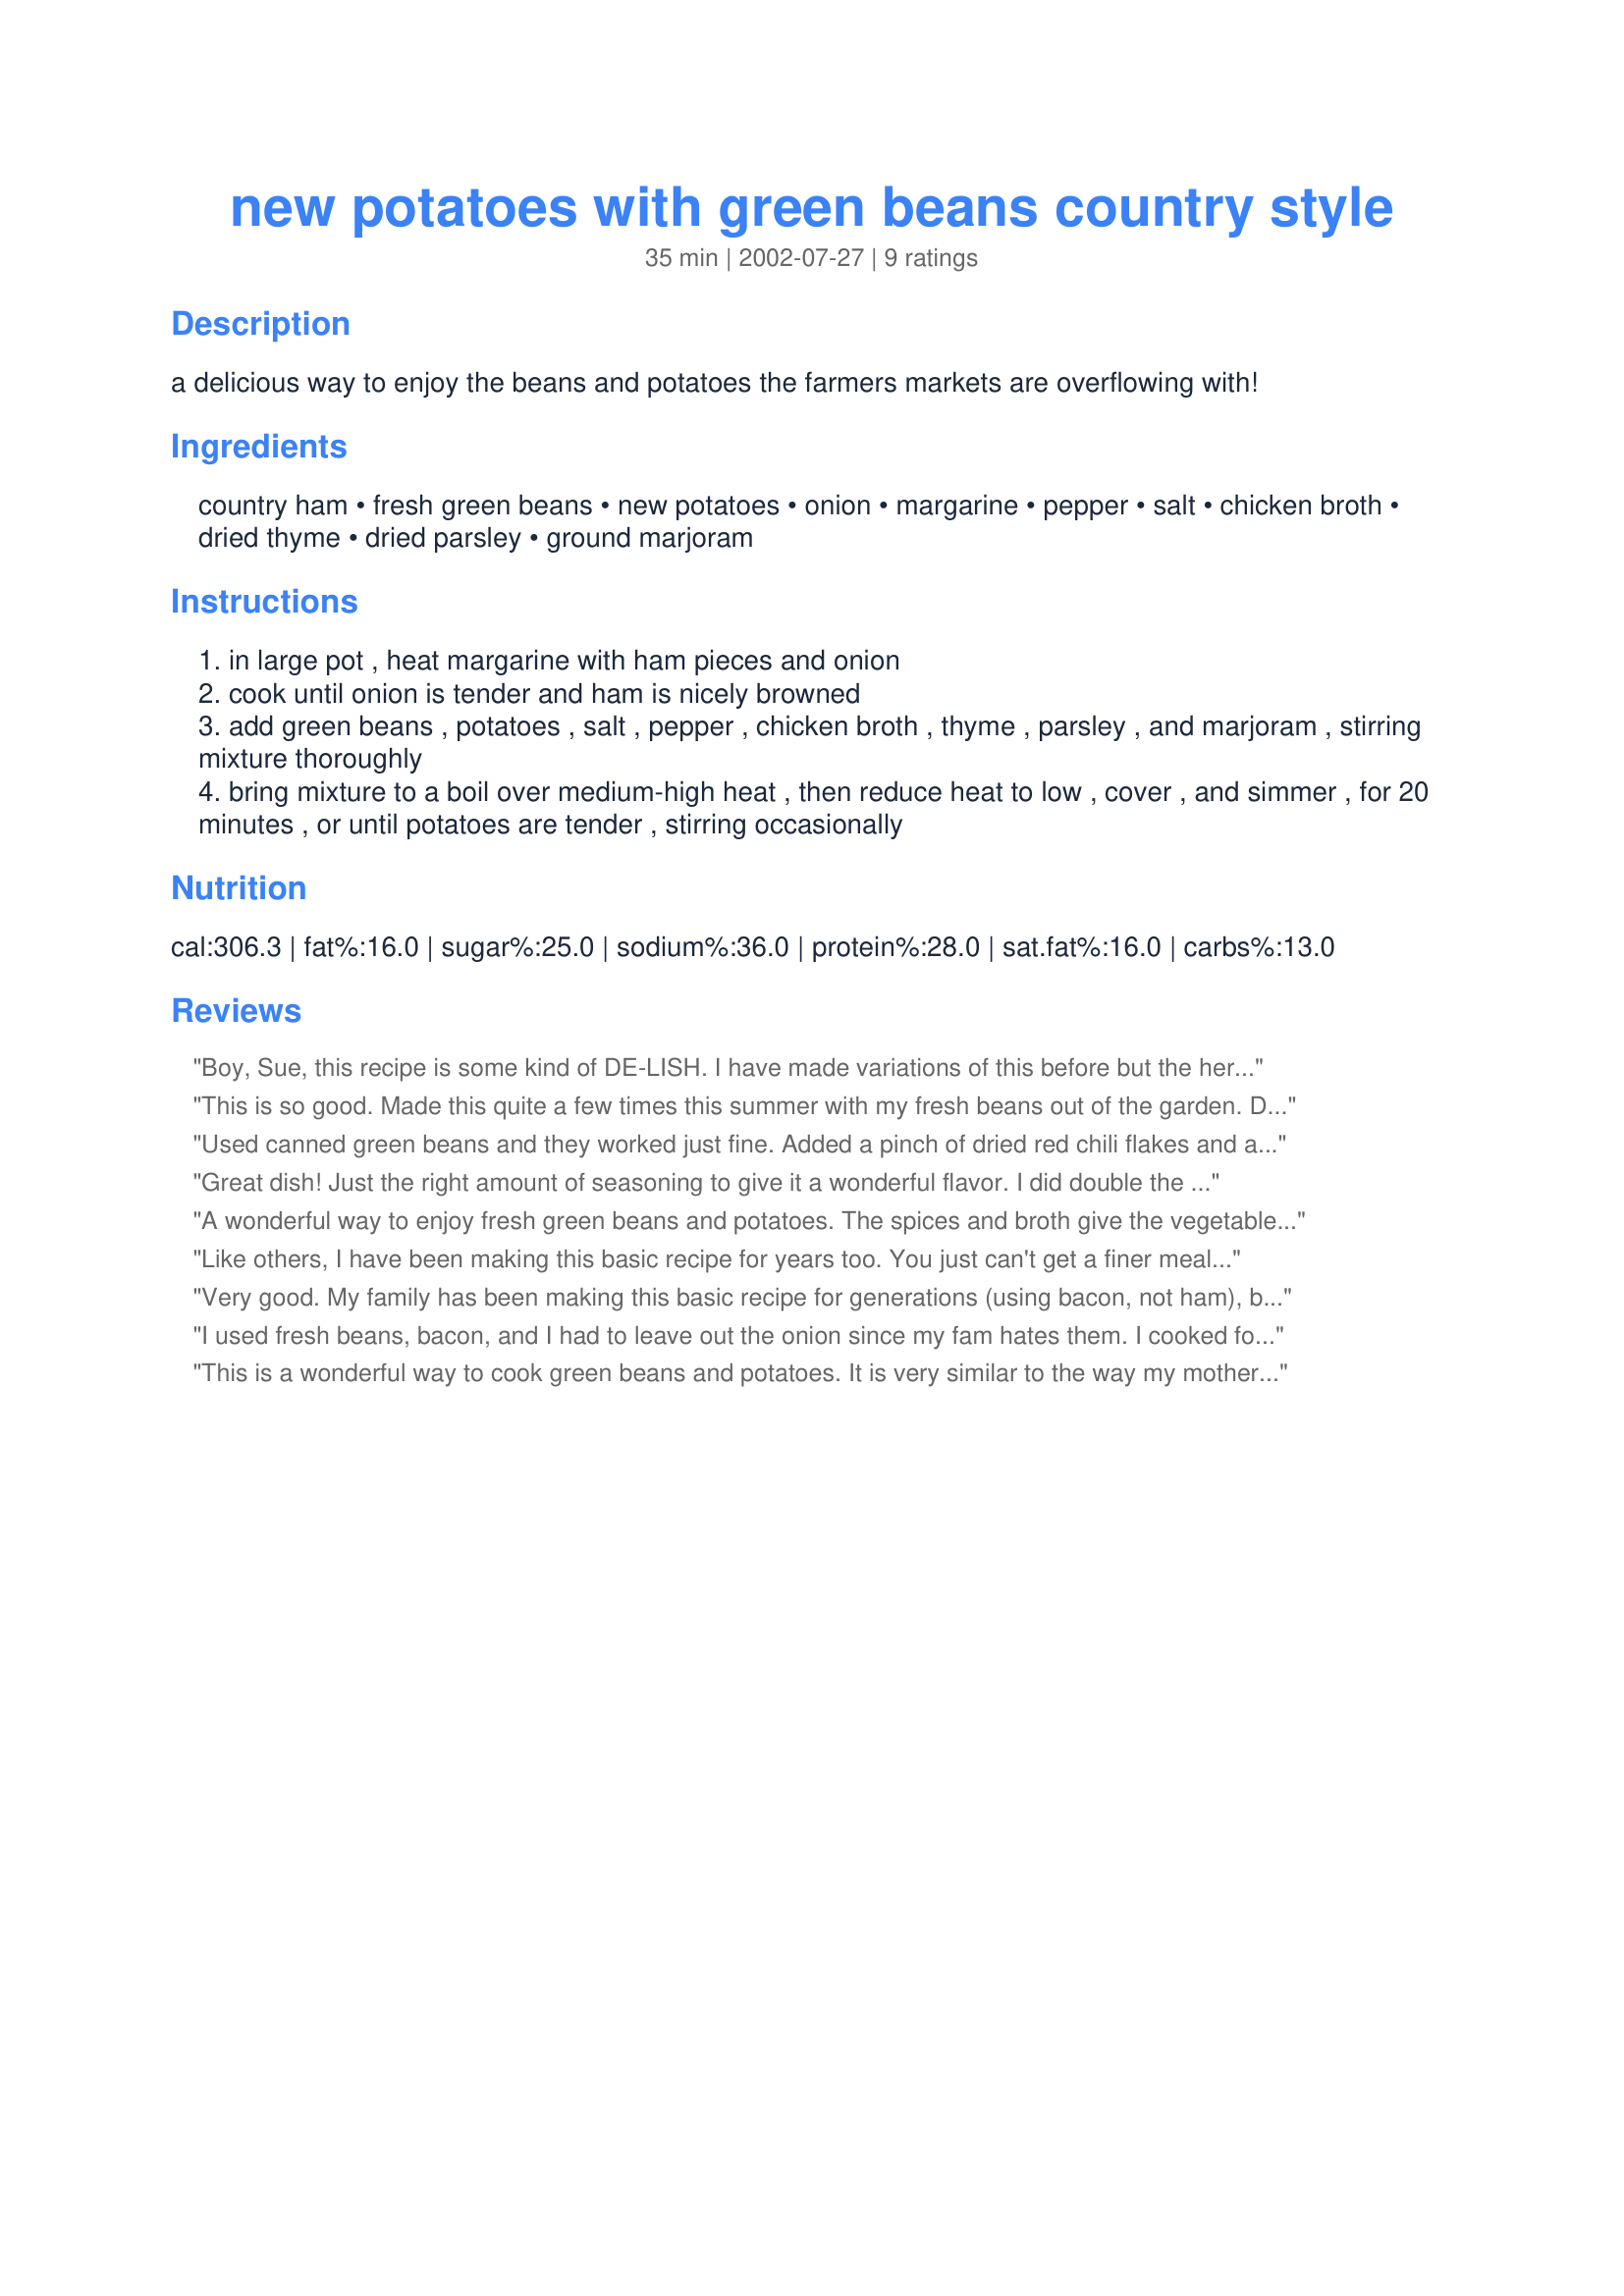
new potatoes with green beans country style
Preparation time: 35 minutes

a delicious way to enjoy the beans and potatoes the farmers markets are overflowing with!

Ingredients:
country ham, fresh green beans, new potatoes, onion, margarine, pepper, salt, chicken broth, dried thyme, dried parsley, ground marjoram

Steps:
in large pot , heat margarine with ham pieces and onion
cook until onion is tender and ham is nicely browned
add green beans , potatoes , salt , pepper , chicken broth , thyme , parsley , and marjoram , stirring mixture thoroughly
bring mixture to a boil over medium-high heat , then reduce heat to low , cover , and simmer , for 20 minutes , or until potatoes are tender , stirring occasionally

Reviews:
Boy, Sue, this recipe is some kind of DE-LISH. I have made variations of this before but the herbs in your recipe add so much flavor. Scrumptious! Thanks for posting it.
This is so good. Made this quite a few times this summer with my fresh beans out of the garden. Didn't change a thing. Thanks- I will use this recipe every summer!
Used canned green beans and they worked just fine. Added a pinch of dried red chili flakes and a splash of white wine. Good stuff, Sue L.
Great dish! Just the right amount of seasoning to give it a wonderful flavor. I did double the amount of butter to cook the ham/onions in since they were getting too brown too fast; also simmered for about 35 minutes while the rest of dinner cooked. The potatoes and beans were perfectly cooked for our liking (we like soft green beans). Will make this again! Made for Photo Tag.
A wonderful way to enjoy fresh green beans and potatoes. The spices and broth give the vegetables a nice flavor. I cooked this until all of the broth evaporated and the potatoes browned slightly. It's like having fried potatoes with all of the flavor and none of the fat (I left out the ham). I will be making this a lot. Thanks for posting.
Like others, I have been making this basic recipe for years too. You just can't get a finer meal than from fresh produce from the garden. I slow cook mine in a crock pot all day using smoked ham hocks, onion, seasoning, and chicken broth. Sometimes I peel the potatoes and sometimes I don't. I serve it with a pan of cornbread on the side. Yum!
Very good. My family has been making this basic recipe for generations (using bacon, not ham), but I've never tried seasoning it with herbs before. We enjoyed this variation, and it's inspired me to experiment with other seasoning combos, too.
I used fresh beans, bacon, and I had to leave out the onion since my fam hates them. I cooked for an extra 15 minutes and they were fantastic! Thank you!!
This is a wonderful way to cook green beans and potatoes. It is very similar to the way my mother and mother-in-law cook them. The only difference is they don't use herbs. I liked that addition as it added a subtle yet delicious flavor. The flavor from the ham is essential to the success of this dish. Just good ole country food and we sure enjoyed it. Thanks Sue L.
